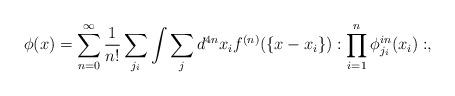
LaTeX: \begin{align*}\phi(x)=\sum_{n=0}^{\infty} \frac{1}{n!} \sum_{j_i}\int \sum_j d^{4n}x_i f^{(n)}(\{x-x_i\}):\prod_{i=1} ^n \phi_{j_i}^{in} (x_i):, \end{align*}